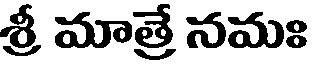
శ్రీ మాత్రే నమః